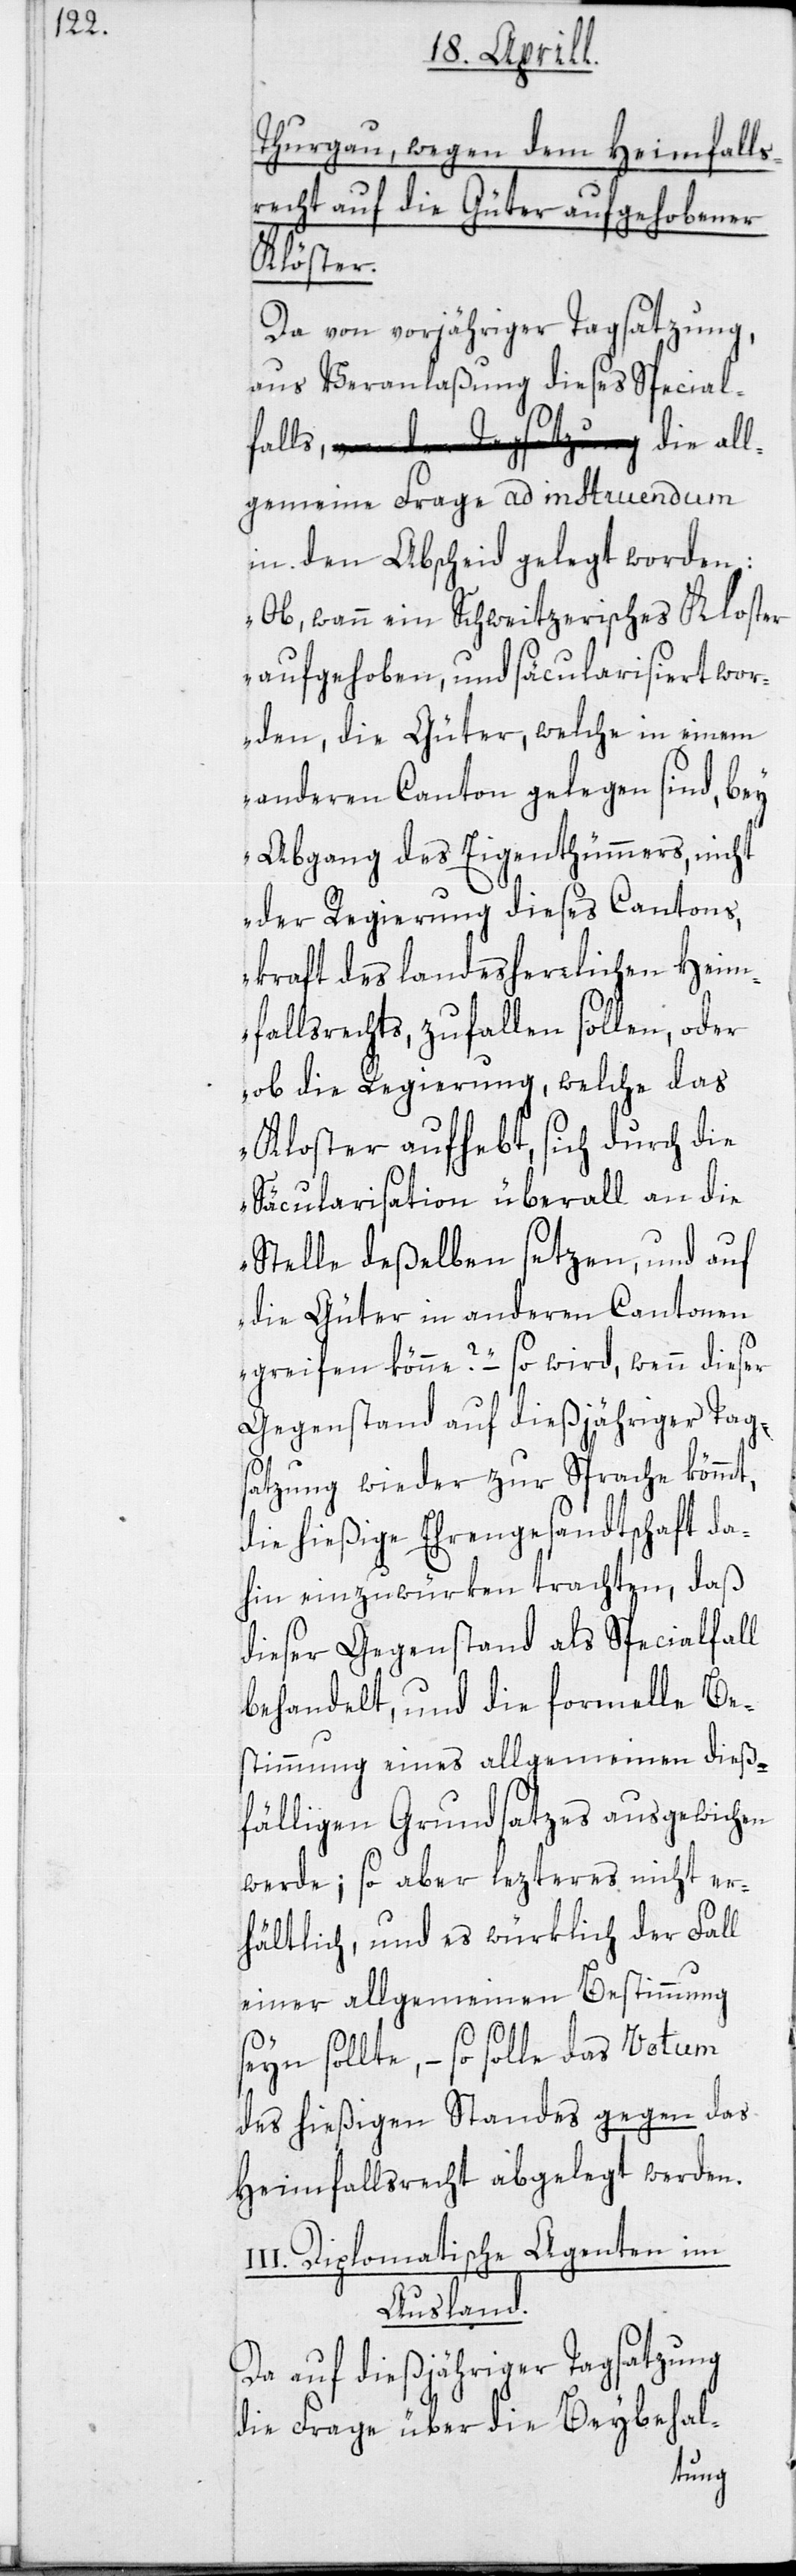
Thurgau, wegen dem Heimfalls¬
recht auf die Güter aufgehobener
Klöster.
Da von vorjähriger Tagsatzung,
aus Veranlaßung dieses Special¬
gemeine Frage ad instruendum
in den Abscheid gelegt worden:
„Ob, wann ein Schweitzerisches Kloster
aufgehoben, und säcularisiert wor¬
den, die Güter, welche in einem
anderen Canton gelegen sind, bey
Abgang des Eigenthümmers, nicht
der Regierung dieses Cantons,
kraft des landesherrlichen Heim¬
fallsrechts, zufallen sollen, oder
ob die Regierung, welche das
Kloster aufhebt, sich durch die
Säcularisation überall an die
Stelle deßelben setzen, und auf
die Güter in anderen Cantonen
greifen könne?“ – so wird, wenn dieser
Gegenstand auf dießjähriger Tag¬
satzung wieder zur Sprache kömmt,
die hießige Ehrengesandtschaft da¬
hin einzuwürken trachten, daß
dieser Gegenstand als Specialfall
behandelt, und die formelle Be¬
stimmung eines allgemeinen dieß¬
fälligen Grundsatzes ausgewichen
werde; so aber lezteres nicht er¬
hältlich, und es würklich der Fall
einer allgemeinen Bestimmung
seyn sollte, – so solle das Votum
des hießigen Standes gegen das
Heimfallsrecht abgelegt werden.
Diplomatische Agenten im
Ausland.
Da auf dießjähriger Tagsatzung
die Frage über die Beybehal-